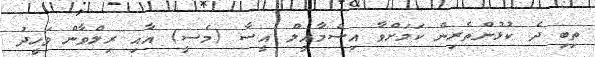
ތިބި ދެ ކުޅުންތެރިން ކަމަށްވާ އިސްމާއީލް އީސާ (މެސީ) އާއި ރިލްވާން ވަހީދު